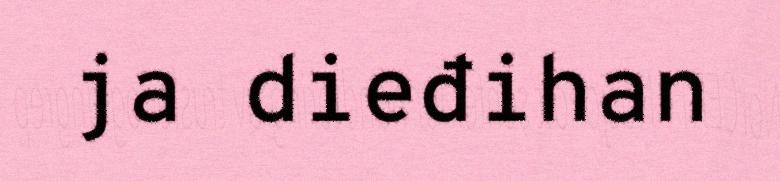
ja dieđihan